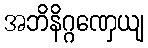
အဘိနိဂ္ဂဏှေယျ